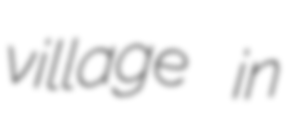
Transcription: village in